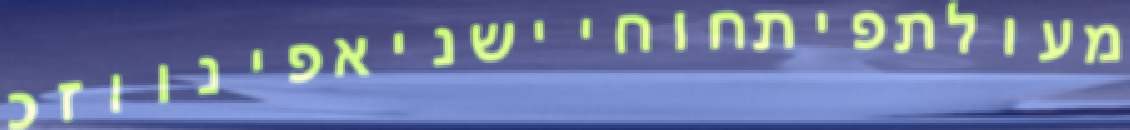
מעולתפיתחוחיישניאפינווזכ